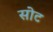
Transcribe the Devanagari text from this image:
सोट